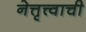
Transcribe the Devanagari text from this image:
नेत्तृत्त्वाची